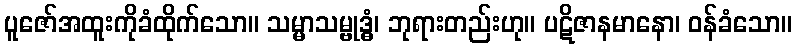
ပူဇော်အထူးကိုခံထိုက်သော။ သမ္မာသမ္ဗုဒ္ဓံ၊ ဘုရားတည်းဟု။ ပဋိဇာနမာနော၊ ဝန်ခံသော။